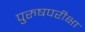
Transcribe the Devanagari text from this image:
पुरुषपरीक्षा